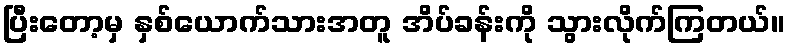
ပြီးတော့မှ နှစ်ယောက်သားအတူ အိပ်ခန်းကို သွားလိုက်ကြတယ်။